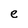
Character: e